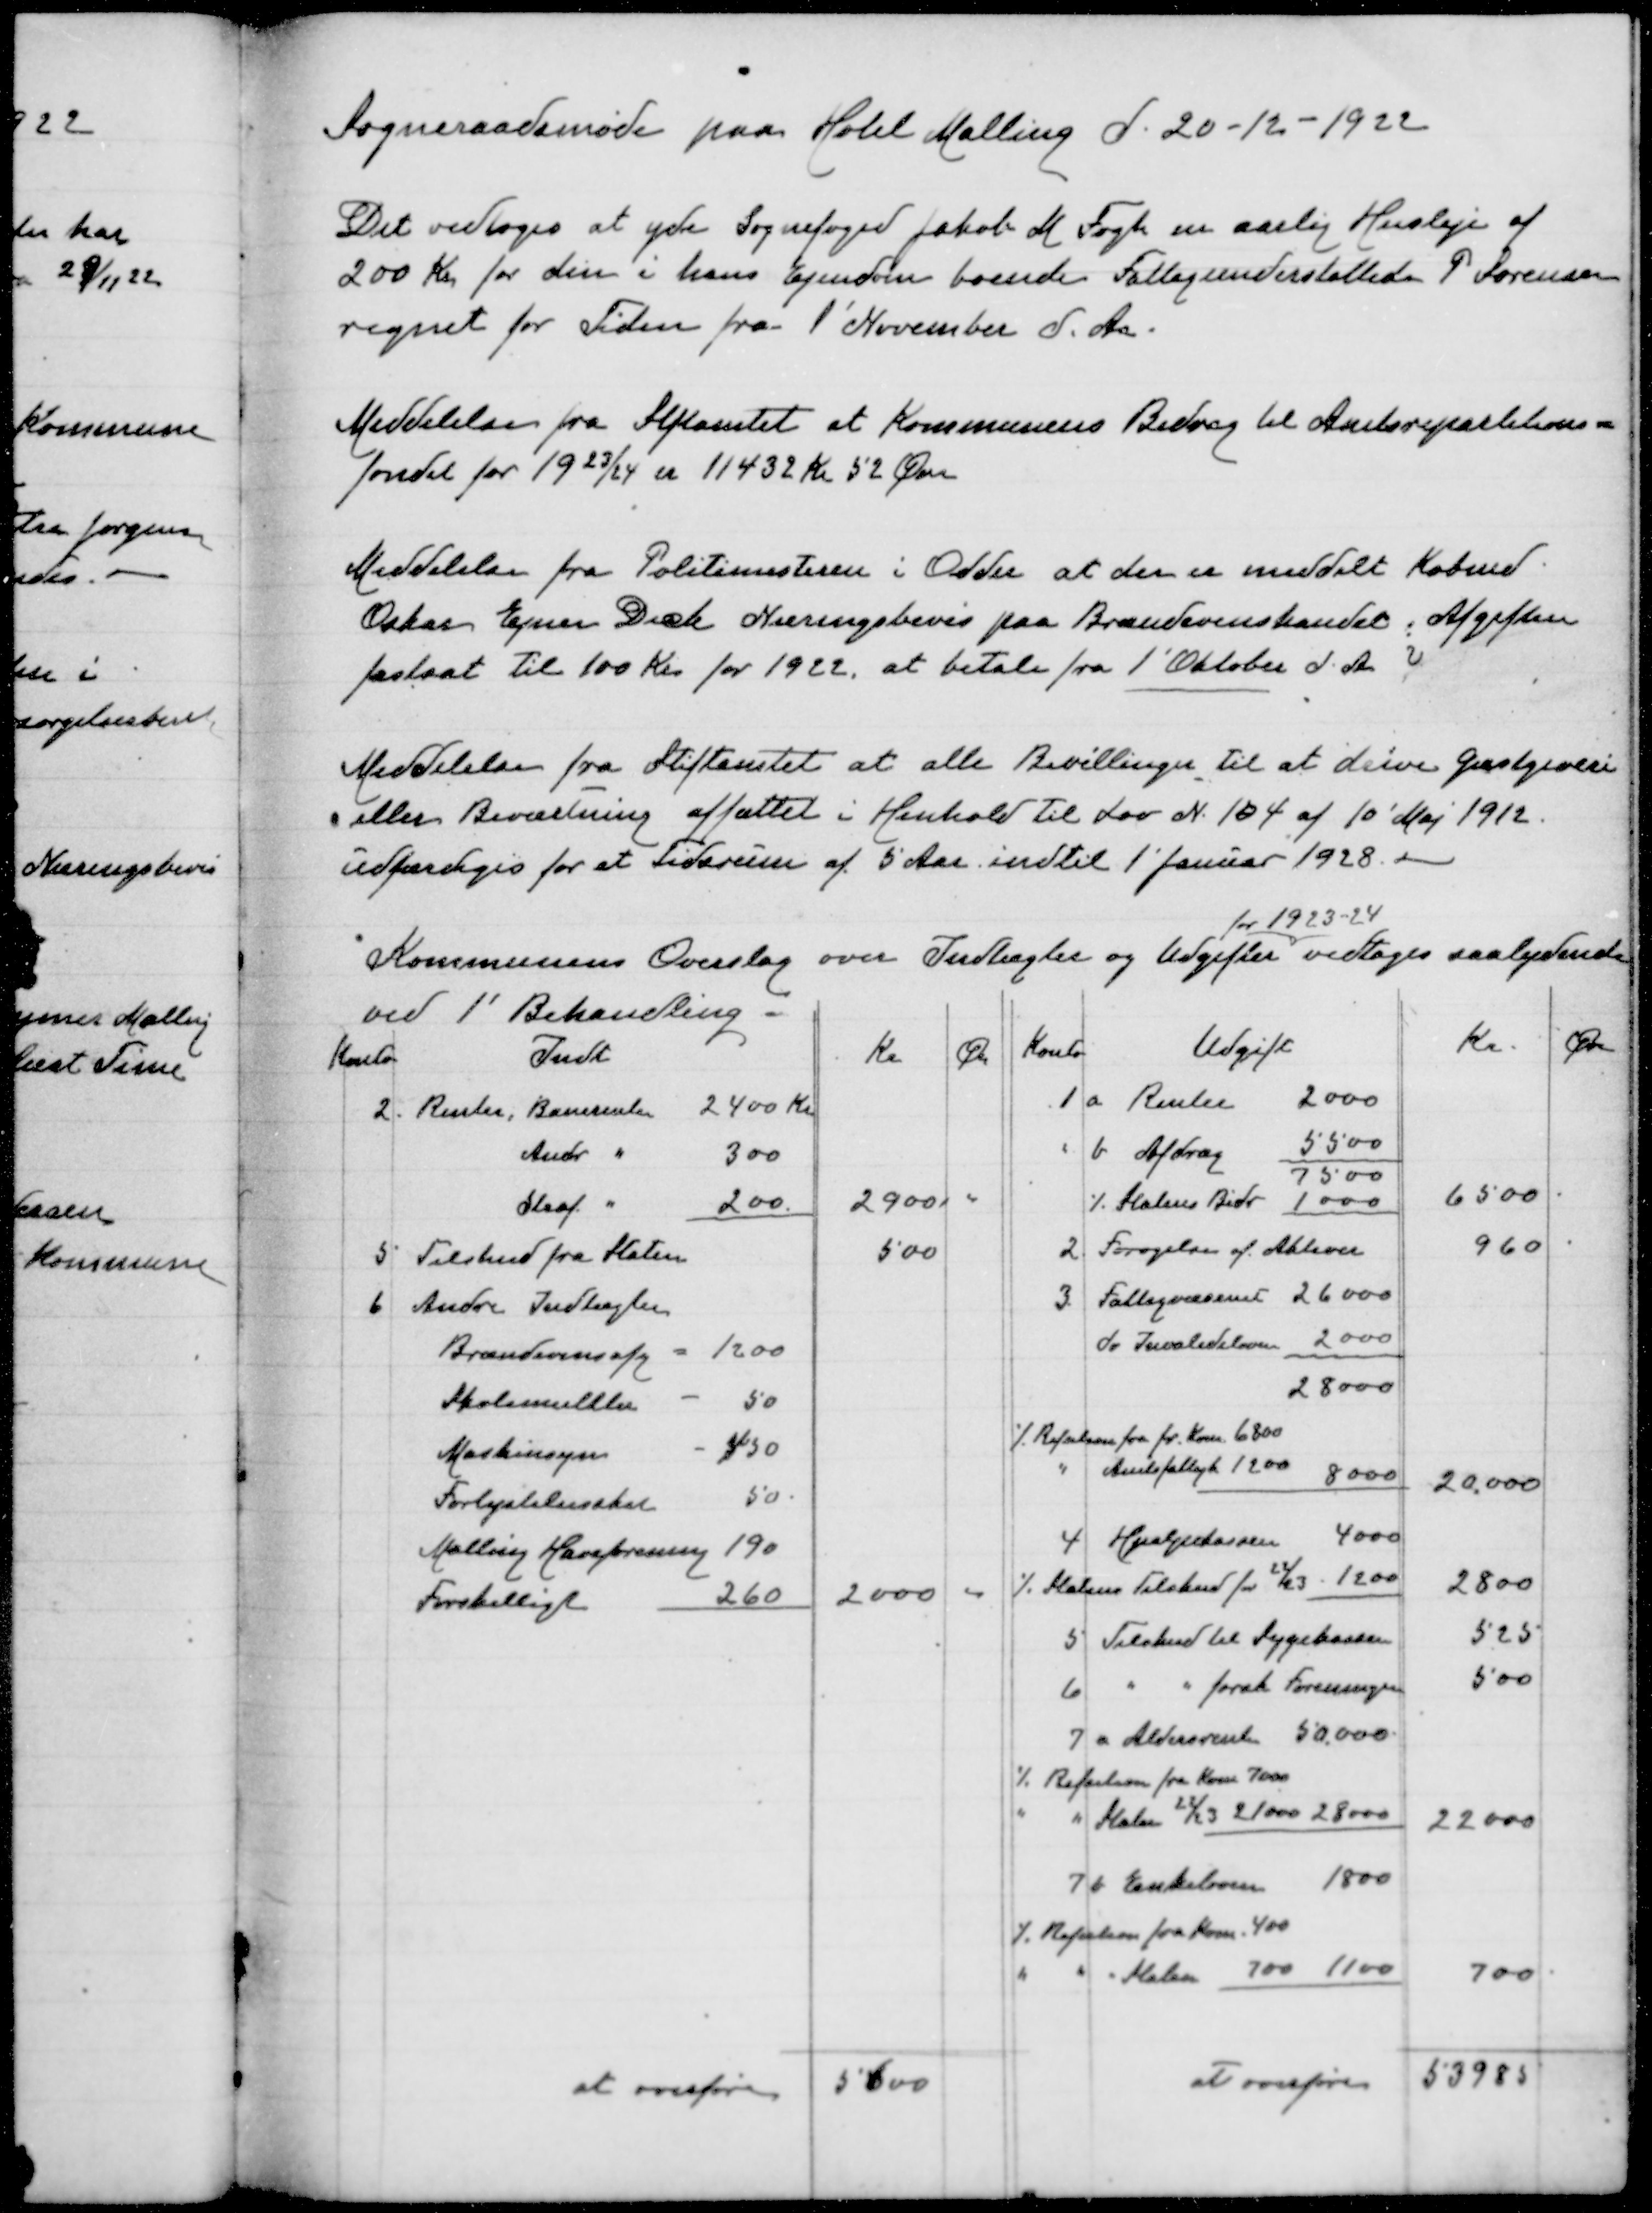
Transskription:
Sogneraadsmøde paa Hotel Malling d 20-12-1922
Det vedtoges at yde Sognefoged Jakob M Fogh en aarlig Husleje af
200 Kr for den i hans Ejendom boende Fattigunderstøttede P Sørensen
regnet for Tiden fra 1' November d Aa
Meddelelse fra Stiftamtet at Kommunens Bidrag til Amtsreparations=
fondet for 1923/24 er 11432 Kr 52 Øre
Meddelelse fra Politimesteren i Odder at der er meddelt Købmd
Oskar Ejner Dick Næringsbevis paa Brændevinshandel. Afgiften
fastsat til 100 Kr for 1922, at betale fra 1' Oktober d A
Meddelelse fra Stiftamtet at alle Bevillinger til at drive Gæstgiveri
eller Beværtning affattet i Henhold til Lov N 104 af 10' Maj 1912
udfærdiges for et Tidsrum af 5 Aar indtil 1* Januar 1928
for 1923-24
Kommunens Overslag for Indtægter og Udgifter vedtages saalydende
ved 1' Behandling